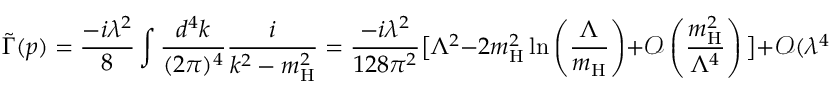
\tilde { \Gamma } ( p ) = \frac { - i \lambda ^ { 2 } } { 8 } \int \frac { d ^ { 4 } k } { ( 2 \pi ) ^ { 4 } } \frac { i } { k ^ { 2 } - m _ { \mathrm { H } } ^ { 2 } } = \frac { - i \lambda ^ { 2 } } { 1 2 8 \pi ^ { 2 } } \big [ \Lambda ^ { 2 } - 2 m _ { \mathrm { H } } ^ { 2 } \ln \left( \frac { \Lambda } { m _ { \mathrm { H } } } \right) + \mathcal { O } \left( \frac { m _ { \mathrm { H } } ^ { 2 } } { \Lambda ^ { 4 } } \right) \big ] + \mathcal { O } ( \lambda ^ { 4 } ) ,